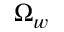
\Omega _ { w }